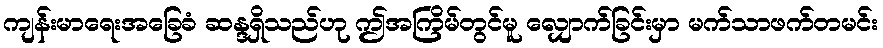
ကျန်းမာရေးအခြေခံ ဆန္ဒရှိသည်ဟု ဤအကြိမ်တွင်မူ လျှောက်ခြင်းမှာ မက်သာဖက်တမင်း